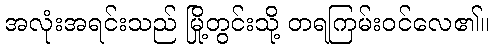
အလုံးအရင်းသည် မြို့တွင်းသို့ တရကြမ်းဝင်လေ၏။